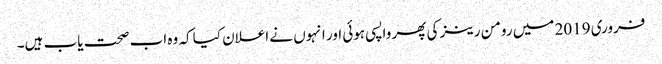
فروری 2019 میں رومن رینز کی پھر واپسی ہوئی اور انہوں نے اعلان کیا کہ وہ اب صحت یاب ہیں۔